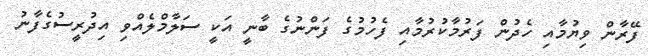
ފޭރާން ވިޔުމާއި ހެދުން ފަރުމާކުރުމާއި ފެހުމުގެ ފަންނުގެ ބާނީ އަކީ ސަލާމްލެއްވި އިދުރީސުގެފާނު